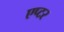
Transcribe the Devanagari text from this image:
एप्टर